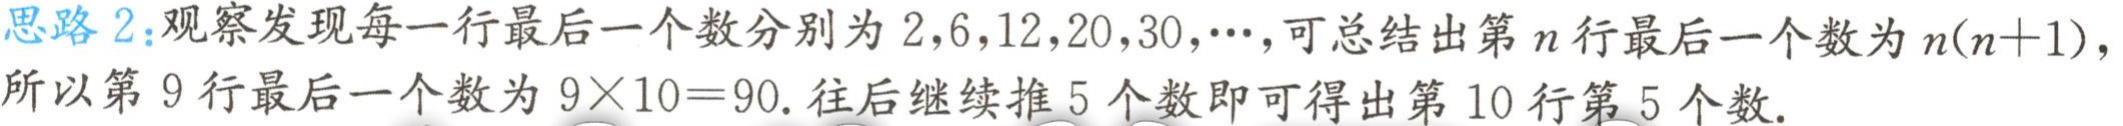
思路 2：观察发现每一行最后一个数分别为 \(2,6,12,20,30,\cdots\)，可总结出第 \(n\) 行最后一个数为 \(n(n + 1)\)，所以第 9 行最后一个数为 \(9\times10 = 90\). 往后继续推 5 个数即可得出第 10 行第 5 个数.